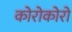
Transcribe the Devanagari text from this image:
कोरोकोरो